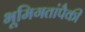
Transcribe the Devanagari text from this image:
भूमिगतांपैकी